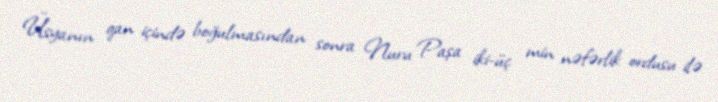
Üsyanın qan içində boğulmasından sonra Nuru Paşa iki-üç min nəfərlik ordusu ilə